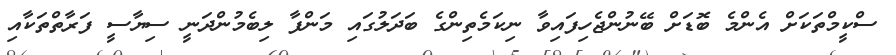
ސްކީމްތަކަށް އެންމެ ބޮޑަށް ބޭނުންޖެހިފައިވާ ނިކަމެތިންގެ ބަދަލުގައި މަންފާ ލިބެމުންދަނީ ސިޔާސީ ފަރާތްތަކާއި